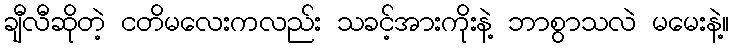
ချီလီဆိုတဲ့ ငတိမလေးကလည်း သခင့်အားကိုးနဲ့ ဘာစွာသလဲ မမေးနဲ့။